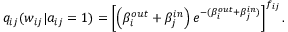
q _ { i j } ( w _ { i j } | a _ { i j } = 1 ) = \left[ \left( \beta _ { i } ^ { o u t } + \beta _ { j } ^ { i n } \right) e ^ { - ( \beta _ { i } ^ { o u t } + \beta _ { j } ^ { i n } ) } \right] ^ { f _ { i j } } .